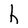
Character: h